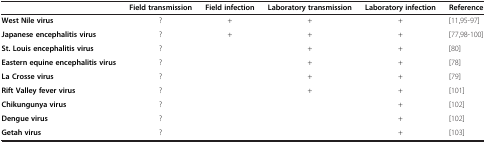
<table><thead><tr><td>[EMPTY_CELL]</td><td><b>Field transmission</b></td><td><b>Field infection</b></td><td><b>Laboratory transmission</b></td><td><b>Laboratory infection</b></td><td><b>Reference</b></td></tr></thead><tbody><tr><td><b>West Nile virus</b></td><td>?</td><td>+</td><td>+</td><td>+</td><td>[11,95-97]</td></tr><tr><td><b>Japanese encephalitis virus</b></td><td>?</td><td>+</td><td>+</td><td>+</td><td>[77,98-100]</td></tr><tr><td><b>St. Louis encephalitis virus</b></td><td>?</td><td>[EMPTY_CELL]</td><td>+</td><td>+</td><td>[80]</td></tr><tr><td><b>Eastern equine encephalitis virus</b></td><td>?</td><td>[EMPTY_CELL]</td><td>+</td><td>+</td><td>[78]</td></tr><tr><td><b>La Crosse virus</b></td><td>?</td><td>[EMPTY_CELL]</td><td>+</td><td>+</td><td>[79]</td></tr><tr><td><b>Rift Valley fever virus</b></td><td>?</td><td>[EMPTY_CELL]</td><td>+</td><td>+</td><td>[101]</td></tr><tr><td><b>Chikungunya virus</b></td><td>?</td><td>[EMPTY_CELL]</td><td>[EMPTY_CELL]</td><td>+</td><td>[102]</td></tr><tr><td><b>Dengue virus</b></td><td>?</td><td>[EMPTY_CELL]</td><td>[EMPTY_CELL]</td><td>+</td><td>[102]</td></tr><tr><td><b>Getah virus</b></td><td>?</td><td>[EMPTY_CELL]</td><td>[EMPTY_CELL]</td><td>+</td><td>[103]</td></tr></tbody></table>